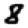
Digit: 8